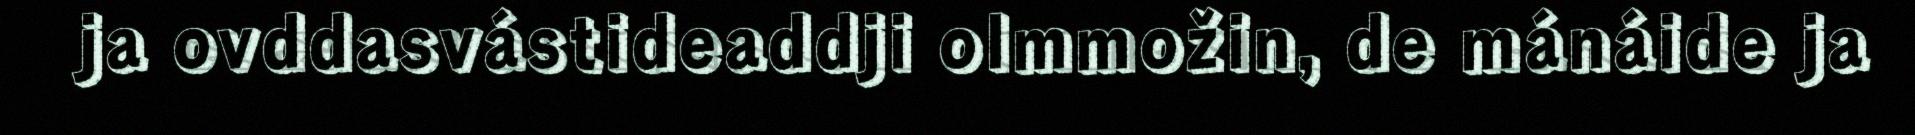
ja ovddasvástideaddji olmmožin, de mánáide ja